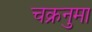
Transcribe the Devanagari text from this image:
चक्रनुमा